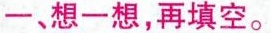
一、想一想，再填空。